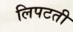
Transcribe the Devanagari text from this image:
लिपटती